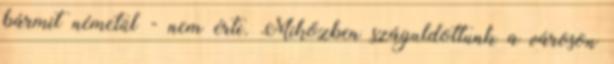
bármit németül - nem érti. Miközben száguldottunk a városon